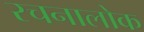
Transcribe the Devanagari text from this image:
रचनालोक